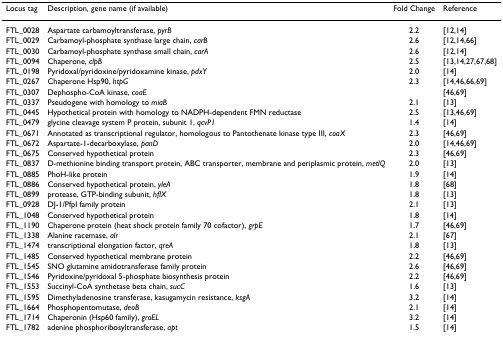
<table><thead><tr><td><b>Locus tag</b></td><td><b>Description, gene name (if available)</b></td><td><b>Fold Change</b></td><td><b>Reference</b></td></tr></thead><tbody><tr><td>FTL_0028</td><td>Aspartate carbamoyltransferase, <i>pyrB</i></td><td>2.2</td><td>[12,14]</td></tr><tr><td>FTL_0029</td><td>Carbamoyl-phosphate synthase large chain, <i>carB</i></td><td>2.6</td><td>[12,14,66]</td></tr><tr><td>FTL_0030</td><td>Carbamoyl-phosphate synthase small chain, <i>carA</i></td><td>2.6</td><td>[12,14]</td></tr><tr><td>FTL_0094</td><td>Chaperone, <i>clpB</i></td><td>2.5</td><td>[13,14,27,67,68]</td></tr><tr><td>FTL_0198</td><td>Pyridoxal/pyridoxine/pyridoxamine kinase, <i>pdxY</i></td><td>2.0</td><td>[14]</td></tr><tr><td>FTL_0267</td><td>Chaperone Hsp90, <i>htpG</i></td><td>2.3</td><td>[14,46,66,69]</td></tr><tr><td>FTL_0307</td><td>Dephospho-CoA kinase, <i>coaE</i></td><td></td><td>[46,69]</td></tr><tr><td>FTL_0337</td><td>Pseudogene with homology to <i>miaB</i></td><td>2.1</td><td>[13]</td></tr><tr><td>FTL_0445</td><td>Hypothetical protein with homology to NADPH-dependent FMN reductase</td><td>2.5</td><td>[13,46,69]</td></tr><tr><td>FTL_0479</td><td>glycine cleavage system P protein, subunit 1, <i>qcvP1</i></td><td>1.4</td><td>[14]</td></tr><tr><td>FTL_0671</td><td>Annotated as transcriptional regulator, homologous to Pantothenate kinase type III, <i>coaX</i></td><td>2.3</td><td>[46,69]</td></tr><tr><td>FTL_0672</td><td>Aspartate-1-decarboxylase, <i>panD</i></td><td>2.0</td><td>[14,46,69]</td></tr><tr><td>FTL_0675</td><td>Conserved hypothetical protein</td><td>2.3</td><td>[46,69]</td></tr><tr><td>FTL_0837</td><td>D-methionine binding transport protein, ABC transporter, membrane and periplasmic protein, <i>metlQ</i></td><td>2.0</td><td>[13]</td></tr><tr><td>FTL_0885</td><td>PhoH-like protein</td><td>1.9</td><td>[14]</td></tr><tr><td>FTL_0886</td><td>Conserved hypothetical protein, <i>yleA</i></td><td>1.8</td><td>[68]</td></tr><tr><td>FTL_0899</td><td>protease, GTP-binding subunit, <i>hflX</i></td><td>1.8</td><td>[13]</td></tr><tr><td>FTL_0928</td><td>DJ-1/PfpI family protein</td><td>2.1</td><td>[13]</td></tr><tr><td>FTL_1048</td><td>Conserved hypothetical protein</td><td>1.8</td><td>[14]</td></tr><tr><td>FTL_1190</td><td>Chaperone protein (heat shock protein family 70 cofactor), <i>grpE</i></td><td>1.7</td><td>[46,69]</td></tr><tr><td>FTL_1338</td><td>Alanine racemase, <i>alr</i></td><td>2.1</td><td>[67]</td></tr><tr><td>FTL_1474</td><td>transcriptional elongation factor, <i>qreA</i></td><td>1.8</td><td>[13]</td></tr><tr><td>FTL_1485</td><td>Conserved hypothetical membrane protein</td><td>2.2</td><td>[46,69]</td></tr><tr><td>FTL_1545</td><td>SNO glutamine amidotransferase family protein</td><td>2.6</td><td>[46,69]</td></tr><tr><td>FTL_1546</td><td>Pyridoxine/pyridoxal 5-phosphate biosynthesis protein</td><td>2.2</td><td>[46,69]</td></tr><tr><td>FTL_1553</td><td>Succinyl-CoA synthetase beta chain, <i>sucC</i></td><td>1.6</td><td>[13]</td></tr><tr><td>FTL_1595</td><td>Dimethyladenosine transferase, kasugamycin resistance, <i>ksgA</i></td><td>3.2</td><td>[14]</td></tr><tr><td>FTL_1664</td><td>Phosphopentomutase, <i>deoB</i></td><td>2.1</td><td>[14]</td></tr><tr><td>FTL_1714</td><td>Chaperonin (Hsp60 family), <i>groEL</i></td><td>3.2</td><td>[14]</td></tr><tr><td>FTL_1782</td><td>adenine phosphoribosyltransferase, <i>apt</i></td><td>1.5</td><td>[14]</td></tr></tbody></table>